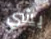
بشي